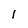
Character: 1